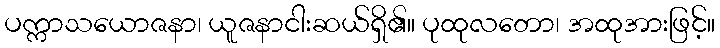
ပက္ကာသယောဇနာ၊ ယူဇနာငါးဆယ်ရှိ၏။ ပုထုလတော၊ အထုအားဖြင့်။